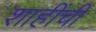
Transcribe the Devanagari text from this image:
शाहींची